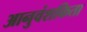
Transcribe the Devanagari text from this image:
आनुवंशकिता